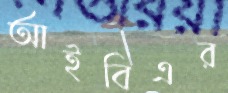
আইবিএর